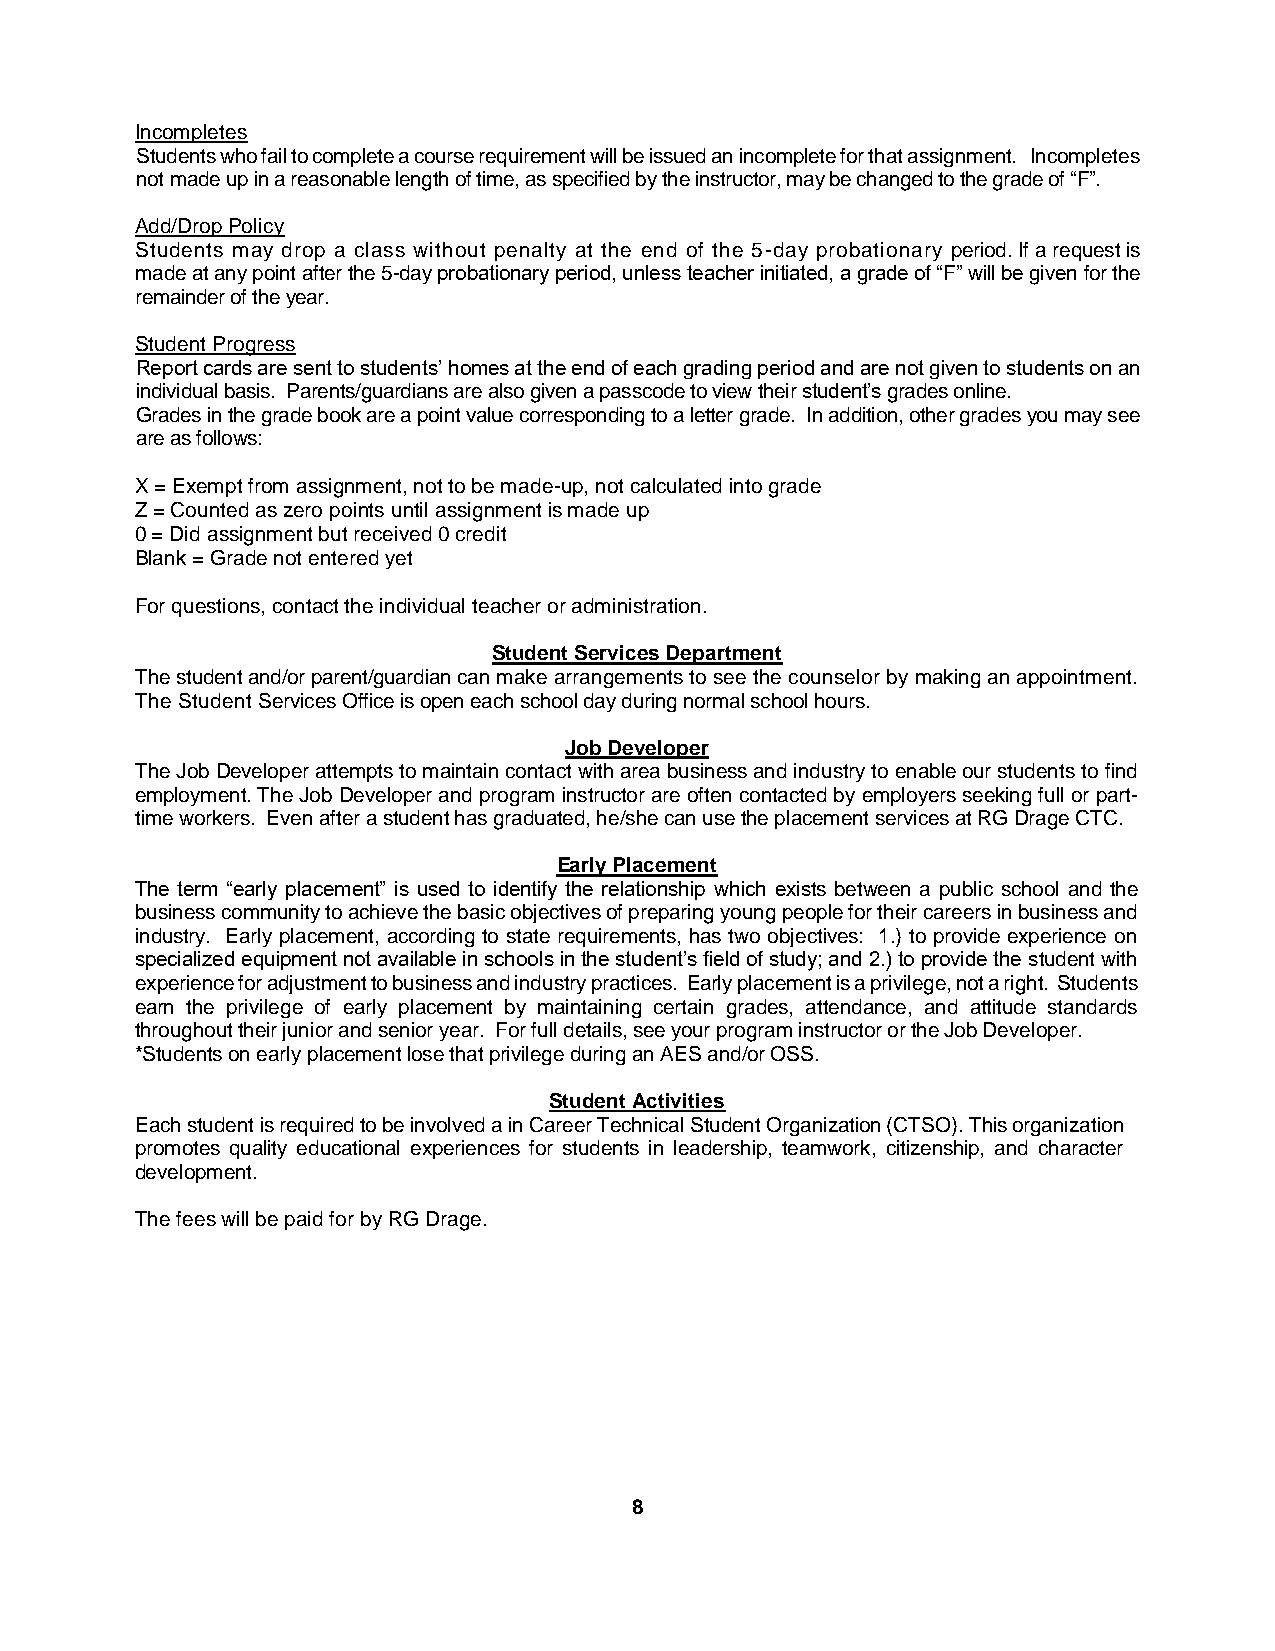
Incompletes
 Students who fail to complete a course requirement will be issued an incomplete for that assignment. Incompletes
 not made up in a reasonable length of time, as specified by the instructor, may be changed to the grade of “F”.
 Add/Drop Policy
 Students may drop a class without penalty at the end of the 5-day probationary period. If a request is
 made at any point after the 5-day probationary period, unless teacher initiated, a grade of “F” will be given for the
 remainder of the year.
 Student Progress
 Report cards are sent to students’ homes at the end of each grading period and are not given to students on an
 individual basis. Parents/guardians are also given a passcode to view their student’s grades online.
 Grades in the grade book are a point value corresponding to a letter grade. In addition, other grades you may see
 are as follows:
 X = Exempt from assignment, not to be made-up, not calculated into grade
 Z = Counted as zero points until assignment is made up
 0 = Did assignment but received 0 credit
 Blank = Grade not entered yet
 For questions, contact the individual teacher or administration.
 Student Services Department
 The student and/or parent/guardian can make arrangements to see the counselor by making an appointment.
 The Student Services Office is open each school day during normal school hours.
 Job Developer
 The Job Developer attempts to maintain contact with area business and industry to enable our students to find
 employment. The Job Developer and program instructor are often contacted by employers seeking full or part-
 time workers. Even after a student has graduated, he/she can use the placement services at RG Drage CTC.
 Early Placement
 The term “early placement” is used to identify the relationship which exists between a public school and the
 business community to achieve the basic objectives of preparing young people for their careers in business and
 industry. Early placement, according to state requirements, has two objectives: 1.) to provide experience on
 specialized equipment not available in schools in the student’s field of study; and 2.) to provide the student with
 experience for adjustment to business and industry practices. Early placement is a privilege, not a right. Students
 earn the privilege of early placement by maintaining certain grades, attendance, and attitude standards
 throughout their junior and senior year. For full details, see your program instructor or the Job Developer.
 *Students on early placement lose that privilege during an AES and/or OSS.
 Student Activities
 Each student is required to be involved a in Career Technical Student Organization (CTSO). This organization
 promotes quality educational experiences for students in leadership, teamwork, citizenship, and character
 development.
 The fees will be paid for by RG Drage.
 8